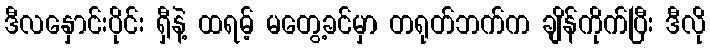
ဒီလနှောင်းပိုင်း ရှီနဲ့ ထရမ့် မတွေ့ခင်မှာ တရုတ်ဘက်က ချိန်ကိုက်ပြီး ဒီလို